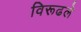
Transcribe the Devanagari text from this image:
विरूढले